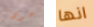
عودتى انها